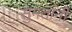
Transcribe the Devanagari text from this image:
सुमंतांनी